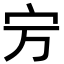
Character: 𡧊